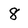
Character: 8